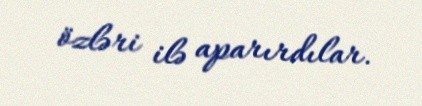
özləri ilə aparırdılar.